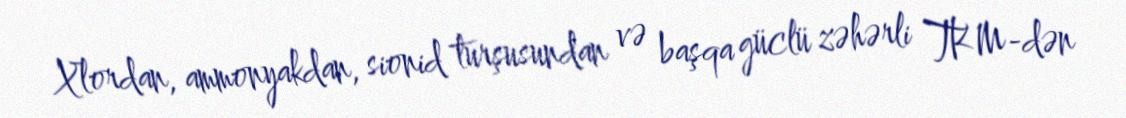
Xlordan, ammonyakdan, sionid turşusundan və başqa güclü zəhərli TKM-dən